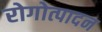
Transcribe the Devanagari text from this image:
रोगोत्पादन